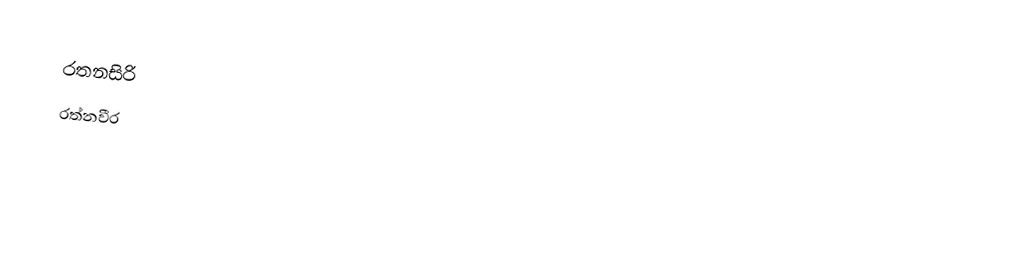
රතනසිරි
රත්නවීර